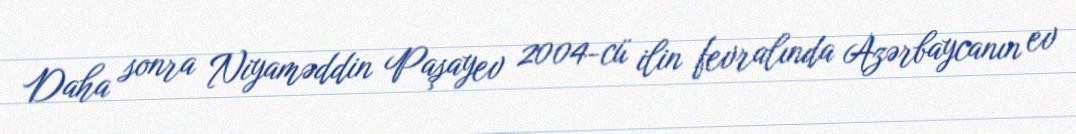
Daha sonra Niyaməddin Paşayev 2004-cü ilin fevralında Azərbaycanın ev